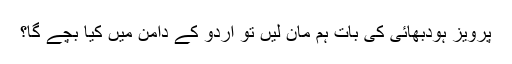
پرویز ہودبھائی کی بات ہم مان لیں تو اردو کے دامن میں کیا بچے گا؟